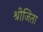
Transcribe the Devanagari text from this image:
श्रीजिता